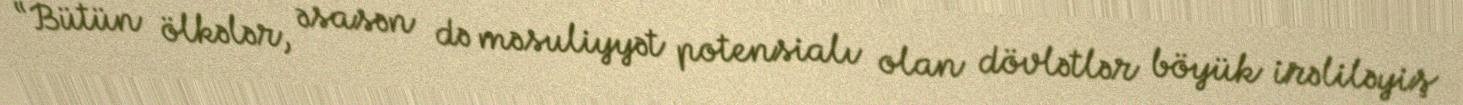
“Bütün ölkələr, əsasən də məsuliyyət potensialı olan dövlətlər böyük irəliləyiş